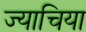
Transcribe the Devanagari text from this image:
ज्याचिया